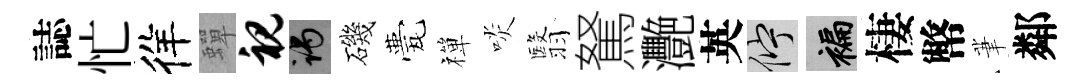
誌忙徉蟬视谒磯甍禪啖翳駑灧英伫褊棲幣茟鄰